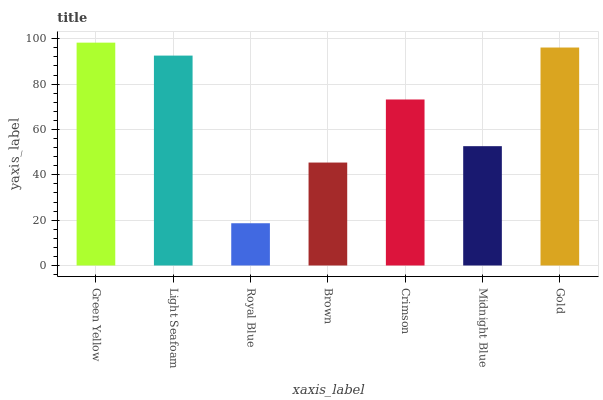
| xaxis_label | bars |
 | --- | --- |
 | Green Yellow | 98.3 |
 | Light Seafoam | 92.6 |
 | Royal Blue | 18.6 |
 | Brown | 45.4 |
 | Crimson | 73.2 |
 | Midnight Blue | 52.6 |
 | Gold | 96.1 |